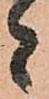
者